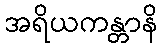
အရိယကန္တာနိ